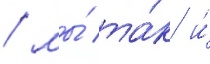
/ мы́ та́к и́